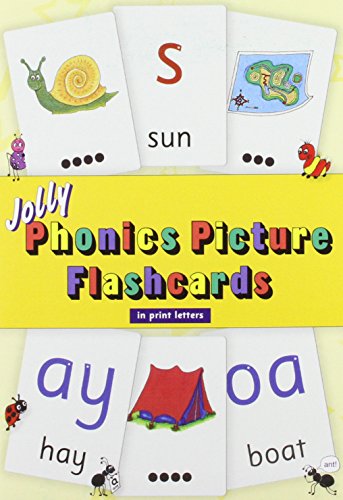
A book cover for Jolly Phonics Picture Flashcards (in Print Letters); Sue Lloyd; Reference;